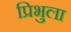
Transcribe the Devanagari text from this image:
प्रिभुला